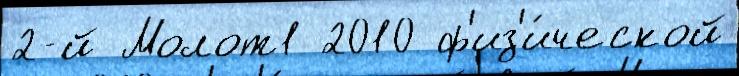
2-й Молот1 2010 ф'из'и́ческой